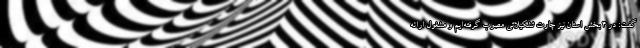
گفت: در ۴ بخش استان نیز چارت تشکیلاتی مصوب گرفته‌ایم و مشغول ارائه